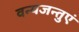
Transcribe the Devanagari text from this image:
वन्यजन्तुएं